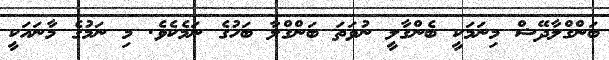
ބަންގްލާދޭޝް މިނަމަކީ ބެންގާލީ ނުވަތަ ބަންގްލާ ބަހުގެ ނަމެކެވެ. މި ނަމުގެ މާނައަކީ